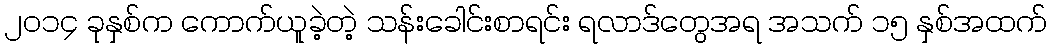
၂၀၁၄ ခုနှစ်က ကောက်ယူခဲ့တဲ့ သန်းခေါင်းစာရင်း ရလာဒ်တွေအရ အသက် ၁၅ နှစ်အထက်